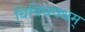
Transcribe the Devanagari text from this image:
विविधवधम्